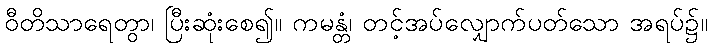
ဝီတိသာရေတွာ၊ ပြီးဆုံးစေ၍။ ကမန္တံ၊ တင့်အပ်လျှောက်ပတ်သော အရပ်၌။